Report on the working of the Ranchi Indian Mental Hospital, Kanke, in Bihar and Orissa - 1930-1940
Year: 1930
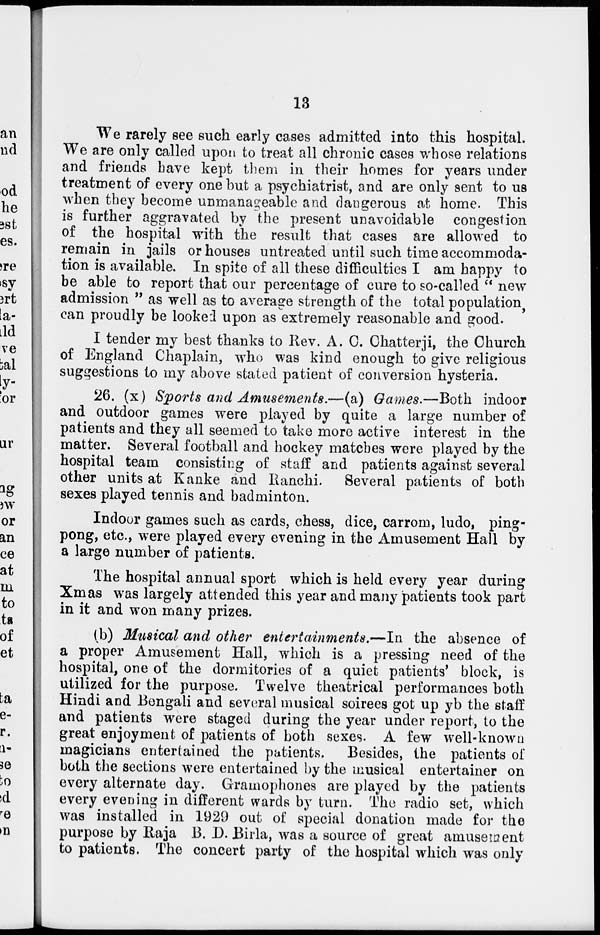
13
We rarely see such early cases admitted into this hospital.
We are only called upon to treat all chronic cases whose relations
and friends have kept them in their homes for years under
treatment of every one but a psychiatrist, and are only sent to us
when they become unmanageable and dangerous at home. This
is further aggravated by the present unavoidable congestion
of the hospital with the result that cases are allowed to
remain in jails or houses untreated until such time accommoda-
tion is available. In spite of all these difficulties I am happy to
be able to report that our percentage of cure to so-called " new
admission " as well as to average strength of the total population,
can proudly be looked upon as extremely reasonable and good.
I tender my best thanks to Rev. A. C. Chatterji, the Church
of England Chaplain, who was kind enough to give religious
suggestions to my above stated patient of conversion hysteria.
26. (x) Sports and Amusements.—(a) Games.—Both indoor
and outdoor games were played by quite a large number of
patients and they all seemed to take more active interest in the
matter. Several football and hockey matches were played by the
hospital team consisting of staff and patients against several
other units at Kanke and Ranchi. Several patients of both
sexes played tennis and badminton.
Indoor games such as cards, chess, dice, carrom, ludo, ping-
pong, etc., were played every evening in the Amusement Hall by
a large number of patients.
The hospital annual sport which is held every year during
Xmas was largely attended this year and many patients took part
in it and won many prizes.
(b) Musical and other entertainments.—In the absence of
a proper Amusement Hall, which is a pressing need of the
hospital, one of the dormitories of a quiet patients' block, is
utilized for the purpose. Twelve theatrical performances both
Hindi and Bengali and several musical soirees got up yb the staff
and patients were staged during the year under report, to the
great enjoyment of patients of both sexes. A few well-known
magicians entertained the patients. Besides, the patients of
both the sections were entertained by the musical entertainer on
every alternate day. Gramophones are played by the patients
every evening in different wards by turn. The radio set, which
was installed in 1929 out of special donation made for the
purpose by Raja B. D. Birla, was a source of great amusement
to patients. The concert party of the hospital which was only